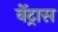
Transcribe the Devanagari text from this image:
वेंट्रास